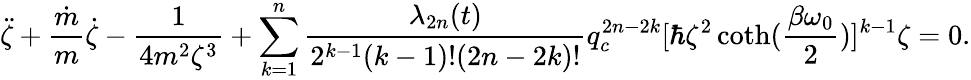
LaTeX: \ddot{\zeta}+\frac{\dot{m}}{m}\dot{\zeta}-\frac{1}{4m^{2}\zeta^{3}}+\sum_{k=1}^{n}\frac{\lambda_{2n}(t)}{2^{k-1}(k-1)!(2n-2k)!}q_{c}^{2n-2k}[\hbar\zeta^{2}\coth(\frac{\beta\omega_{0}}{2})]^{k-1}\zeta=0.